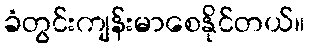
ခံတွင်းကျန်းမာစေနိုင်တယ်။